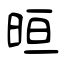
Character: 晅